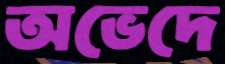
অভেদে